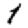
Digit: 1